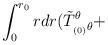
LaTeX: \begin{align*}\int_0^{r_0} r dr (\tilde T^{\theta}_{_{(0)} \theta}+\end{align*}